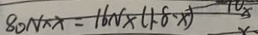
8 0 N \times x = 1 6 N \times ( 1 . 8 - x )